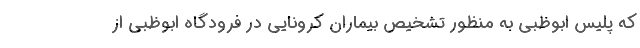
که پلیس ابوظبی به منظور تشخیص بیماران کرونایی در فرودگاه ابوظبی از